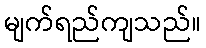
မျက်ရည်ကျသည်။